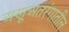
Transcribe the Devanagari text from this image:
अणूअंतरंगातील